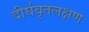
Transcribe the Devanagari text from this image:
दीर्घवृतलक्षण